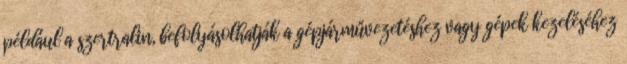
például a szertralin, befolyásolhatják a gépjárművezetéshez vagy gépek kezeléséhez